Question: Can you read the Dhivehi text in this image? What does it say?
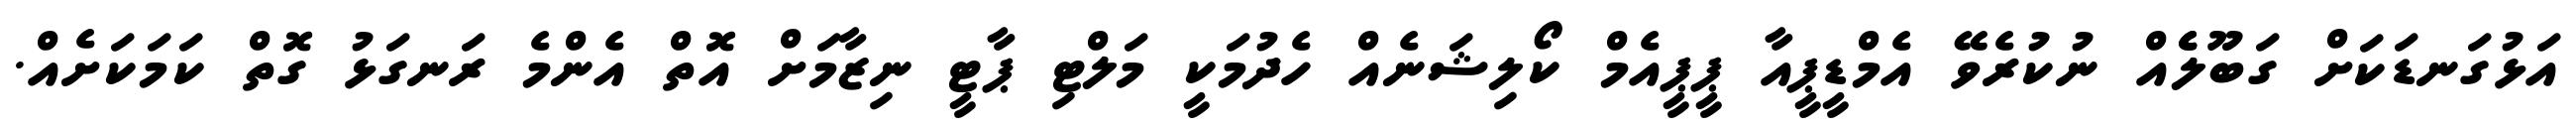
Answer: އަޅުގަނޑަކަށް ގަބޫލެެއް ނުކުރެވޭ އެމްޑީޕީއާ ޕީޕީއެމް ކޯލިޝަނެއް ހެދުމަކީ މަލްޓި ޕާޓީ ނިޒާމަށް އޮތް އެންމެ ރަނގަޅު ގޮތް ކަމަކަށެއް.